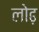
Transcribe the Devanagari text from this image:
लोढ़